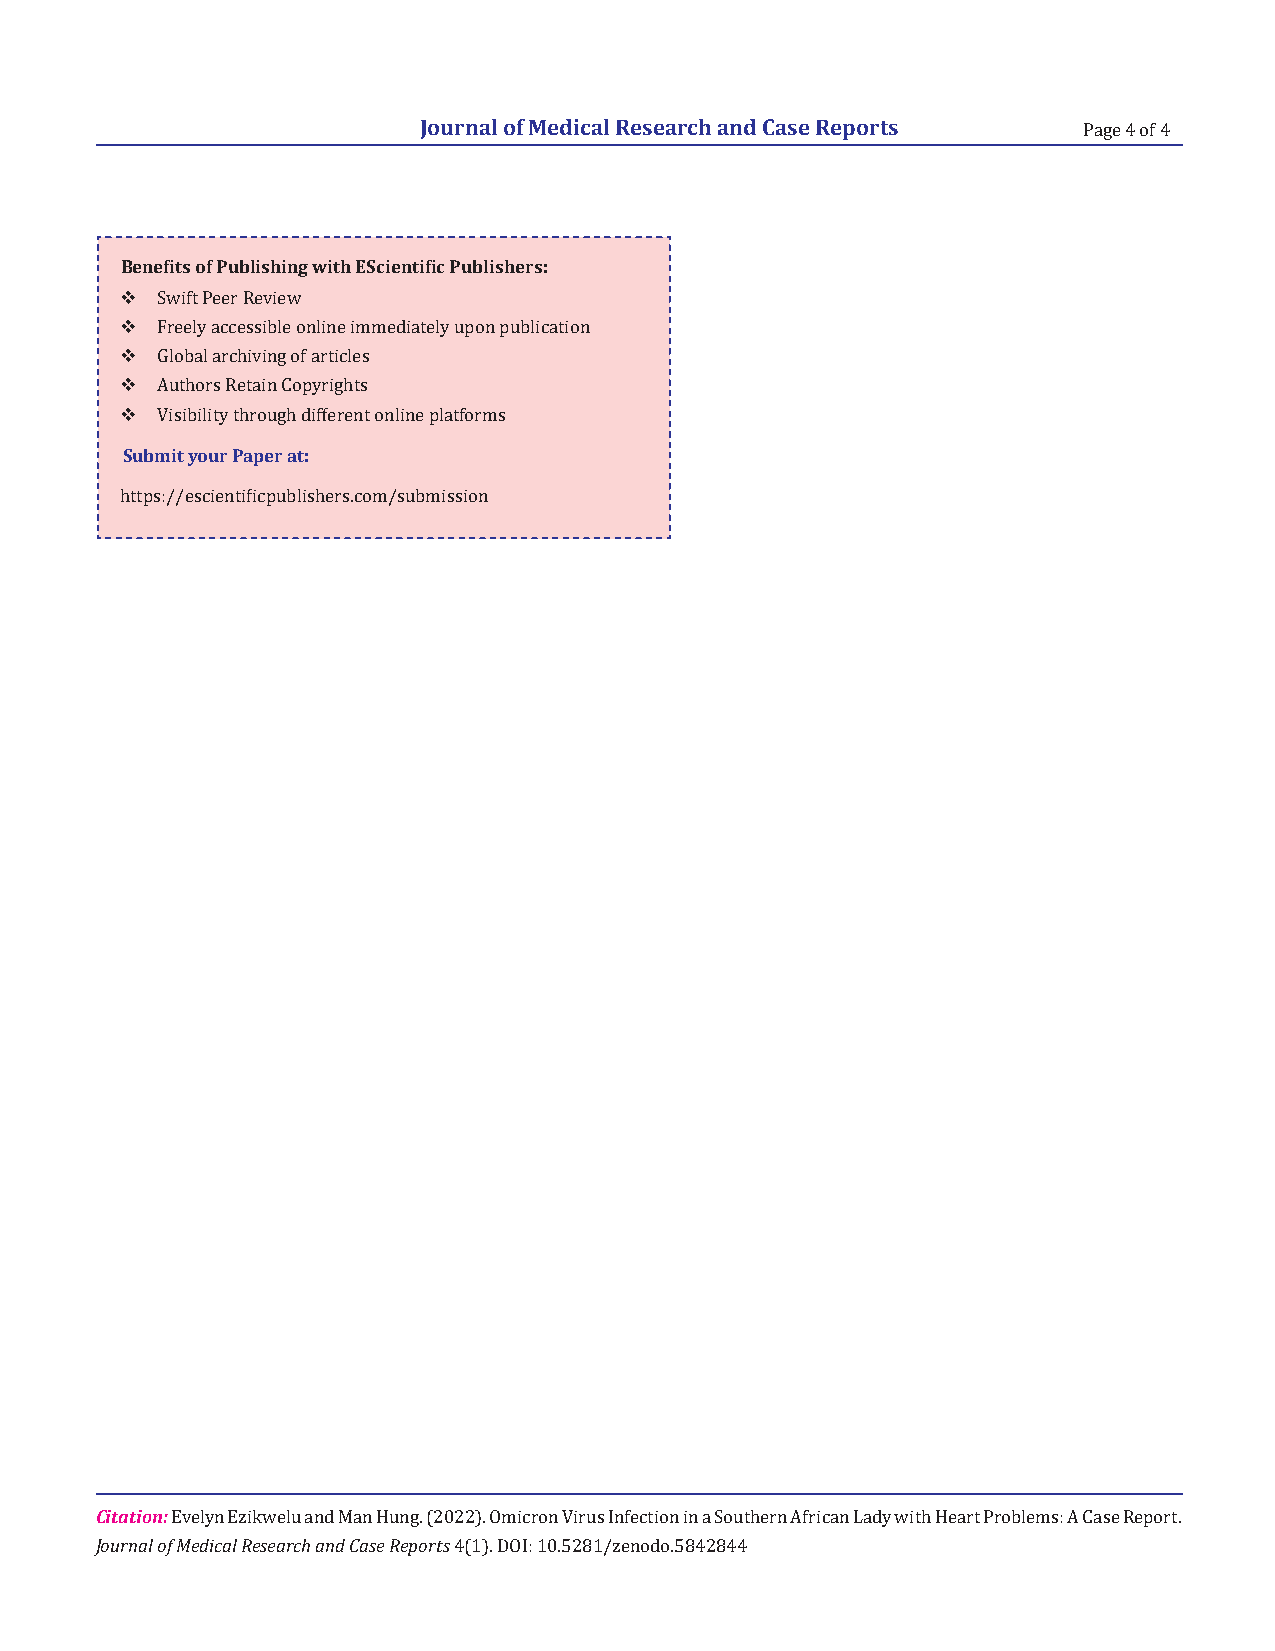
Journal of Medical Research and Case Reports
 Page 4 of 4
 Benefits of Publishing with EScientific Publishers:
 
 
 Swift Peer Review
 
 Freely accessible online immediately upon publication
 
 Global archiving of articles
 
 Authors Retain Copyrights
 Su b mViisti byioliutyr Ptharpoeurg ha td:ifferent online platforms
 https://escientificpublishers.com/submission
 Citation:
 Journal of Medical Research and Case Reports
 Evelyn Ezikwelu and Man Hung. (2022). Omicron Virus Infection in a Southern African Lady with Heart Problems: A Case Report.
 4(1). DOI: 10.5281/zenodo.5842844